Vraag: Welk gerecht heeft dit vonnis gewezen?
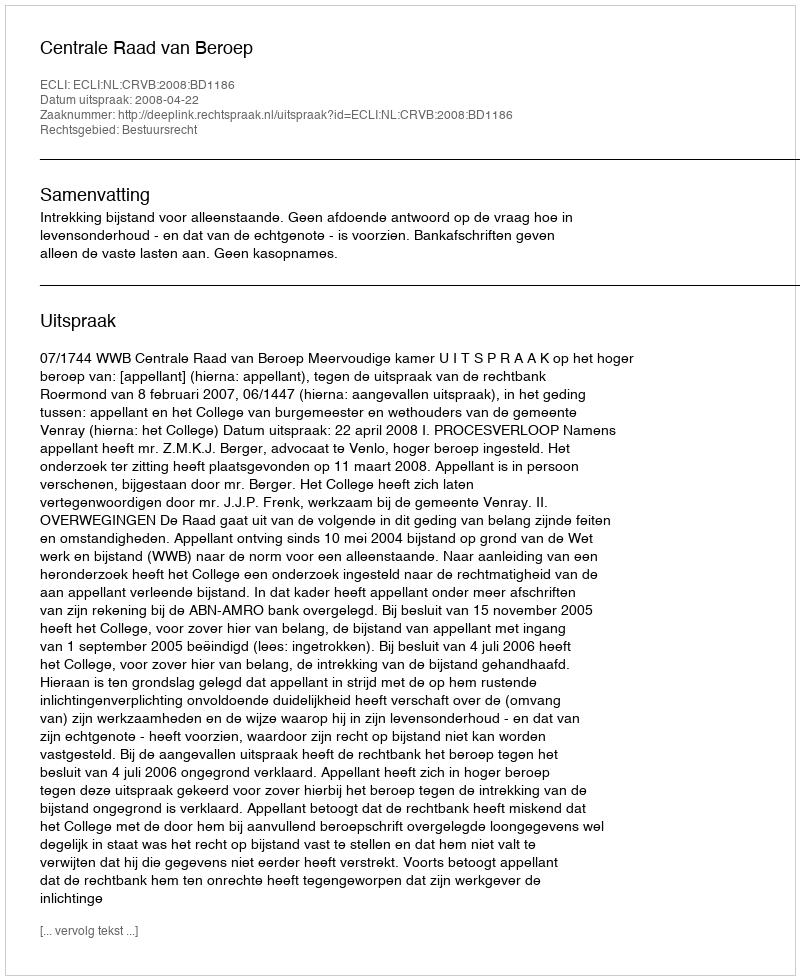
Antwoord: Centrale Raad van Beroep